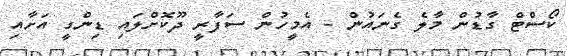
ކޯސްޓް ގާޑުން މާލެ ގެނައުން - އެމީހުން ސަފާރީ ދޫކޮށްލައި ޑިންގީ އަށާއި